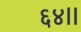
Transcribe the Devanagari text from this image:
६४।।